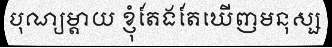
បុណ្យម្តាយ ខ្ញុំតែងតែឃើញមនុស្ស